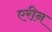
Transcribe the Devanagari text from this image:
एरीन